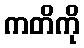
ကတိကို